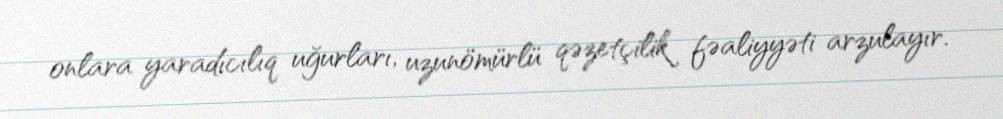
onlara yaradıcılıq uğurları, uzunömürlü qəzetçilik fəaliyyəti arzulayır.